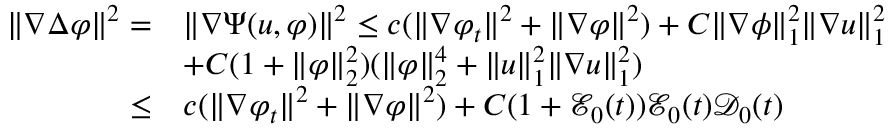
\begin{array} { r l } { \| \nabla \Delta \varphi \| ^ { 2 } = } & { \| \nabla \Psi ( u , \varphi ) \| ^ { 2 } \leq c ( \| \nabla \varphi _ { t } \| ^ { 2 } + \| \nabla \varphi \| ^ { 2 } ) + C \| \nabla \phi \| _ { 1 } ^ { 2 } \| \nabla u \| _ { 1 } ^ { 2 } } \\ & { + C ( 1 + \| \varphi \| _ { 2 } ^ { 2 } ) ( \| \varphi \| _ { 2 } ^ { 4 } + \| u \| _ { 1 } ^ { 2 } \| \nabla u \| _ { 1 } ^ { 2 } ) } \\ { \leq } & { c ( \| \nabla \varphi _ { t } \| ^ { 2 } + \| \nabla \varphi \| ^ { 2 } ) + C ( 1 + \mathcal { E } _ { 0 } ( t ) ) \mathcal { E } _ { 0 } ( t ) \mathcal { D } _ { 0 } ( t ) } \end{array}